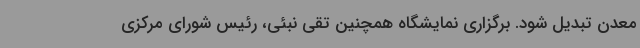
معدن تبدیل شود. برگزاری نمایشگاه همچنین تقی نبئی، رئیس شورای مرکزی